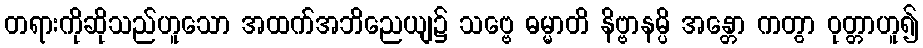
တရားကိုဆိုသည်ဟူသော အထက်အဘိညေယျ၌ သဗ္ဗေ ဓမ္မာတိ နိဗ္ဗာနမ္ပိ အန္တော ကတွာ ဝုတ္တာဟူ၍